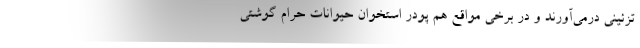
تزئینی درمی‌آورند و در برخی مواقع هم پودر استخوان حیوانات حرام گوشتی